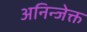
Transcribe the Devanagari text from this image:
अनिन्जेक्त